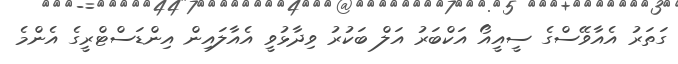
ގަތަރު އެއާވޭސްގެ ސީއީއޯ އަކްބަރު އަލް ބަކުރު ވިދާޅުވީ އެއާލައިން އިންޑަސްޓްރީގެ އެންމެ